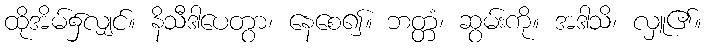
ထိုအိမ်၌လျှင်။ နိသီဒါပေတွာ၊ နေစေ၍။ ဘတ္တံ၊ ဆွမ်းကို။ အဒါသိ၊ လှူ၏။